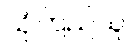
ယုံကြည်သူ